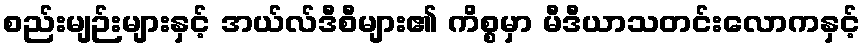
စည်းမျဉ်းများနှင့် အယ်လ်ဒီစီများ၏ ကိစ္စမှာ မီဒီယာသတင်းလောကနှင့်